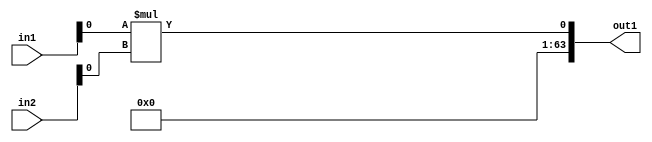
`timescale 1ps / 1ps
/*****************************************************************************
    Verilog RTL Description
    
    
    Created by: Stratus DpOpt 2019.1.01 
*******************************************************************************/

module SobelFilter_Mul_64Sx8U_64S_1 (
	in2,
	in1,
	out1
	); /* architecture "behavioural" */ 
input [63:0] in2;
input [7:0] in1;
output [63:0] out1;
wire  asc001;

assign asc001 = 
	+(in1[0] * in2[0]);

assign out1 = {{63{1'B0}}, asc001};
endmodule

/* CADENCE  ubPyTAk= : u9/ySgnWtBlWxVPRXgAZ4Og= ** DO NOT EDIT THIS LINE ******/